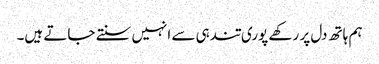
ہم ہاتھ دل پر رکھے پوری تندہی سے انہیں سنتے جاتے ہیں۔